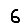
Digit: 6